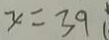
x = 3 9